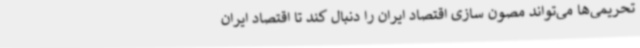
تحریمی‌ها می‌تواند مصون سازی اقتصاد ایران را دنبال کند تا اقتصاد ایران